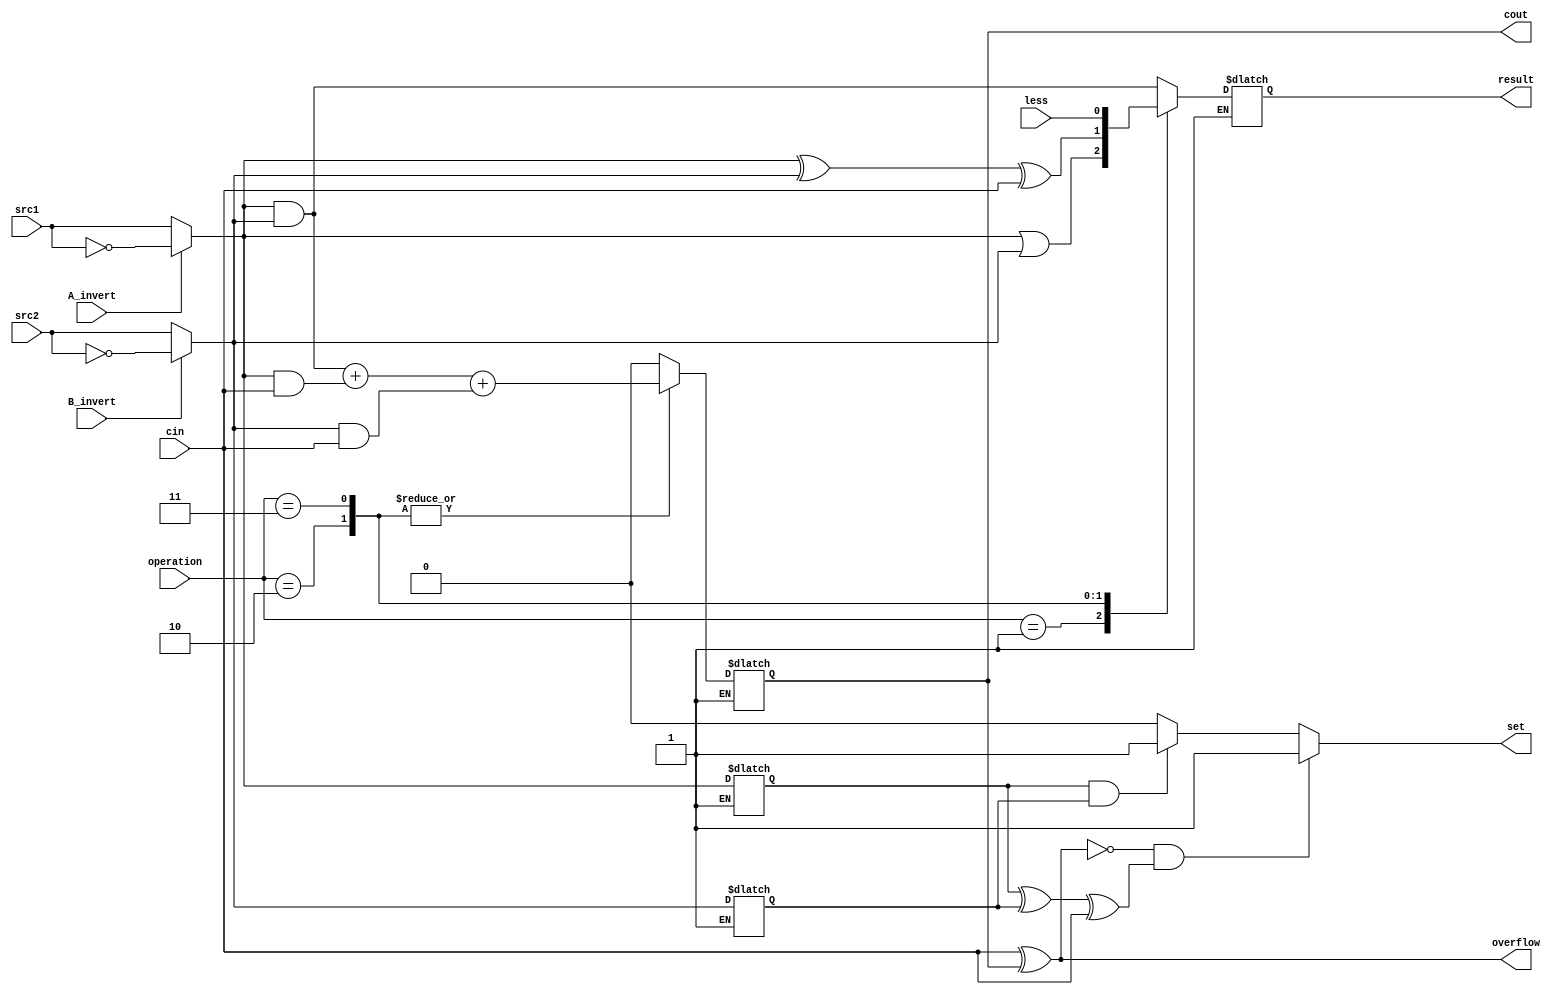
`timescale 1ns/1ps

module alu_last(
            src1, 
            src2,
            less, 
            A_invert,
            B_invert,
            cin,
            operation,
            result,
            cout,
            set,  //SLT
            overflow
            );

input         src1;
input         src2;
input         less;
input         A_invert;
input         B_invert;
input         cin;            
input [2-1:0] operation;

output  reg result;
output  reg cout;
output      set;
output      overflow;

wire        set;
wire        overflow;

reg s1, s2;
reg done;

assign overflow = cin ^ cout;
assign set = (~overflow & (s1 ^ s2 ^ cin)) ? 1: (s1 & s2) ? 1: 0;

always@( * )begin

    done = 0;

    if(done == 0)begin
        if (A_invert) s1 = ~src1;   else s1 = src1;
        if (B_invert) s2 = ~src2;   else s2 = src2;

        case (operation)
            2'b00:begin//and
                result = s1 & s2;
                cout = 0;
                end
            2'b01:begin//or
                result = s1 | s2;
                cout = 0;
                end
            2'b10:begin//add
                result = s1 ^ s2 ^ cin;
                cout = (s1 & s2) + (s1 & cin) + (s2 & cin);
                end
            2'b11:begin//less
                result = less;
                cout = (s1 & s2) + (s1 & cin) + (s2 & cin);
                end
        endcase
        done = 1;
        $display(" Overflow: %b    Set: %b    cout: %b\n", overflow, set, cout);
    end
    else begin
        result = result;
        cout = cout;
    end

end

endmodule